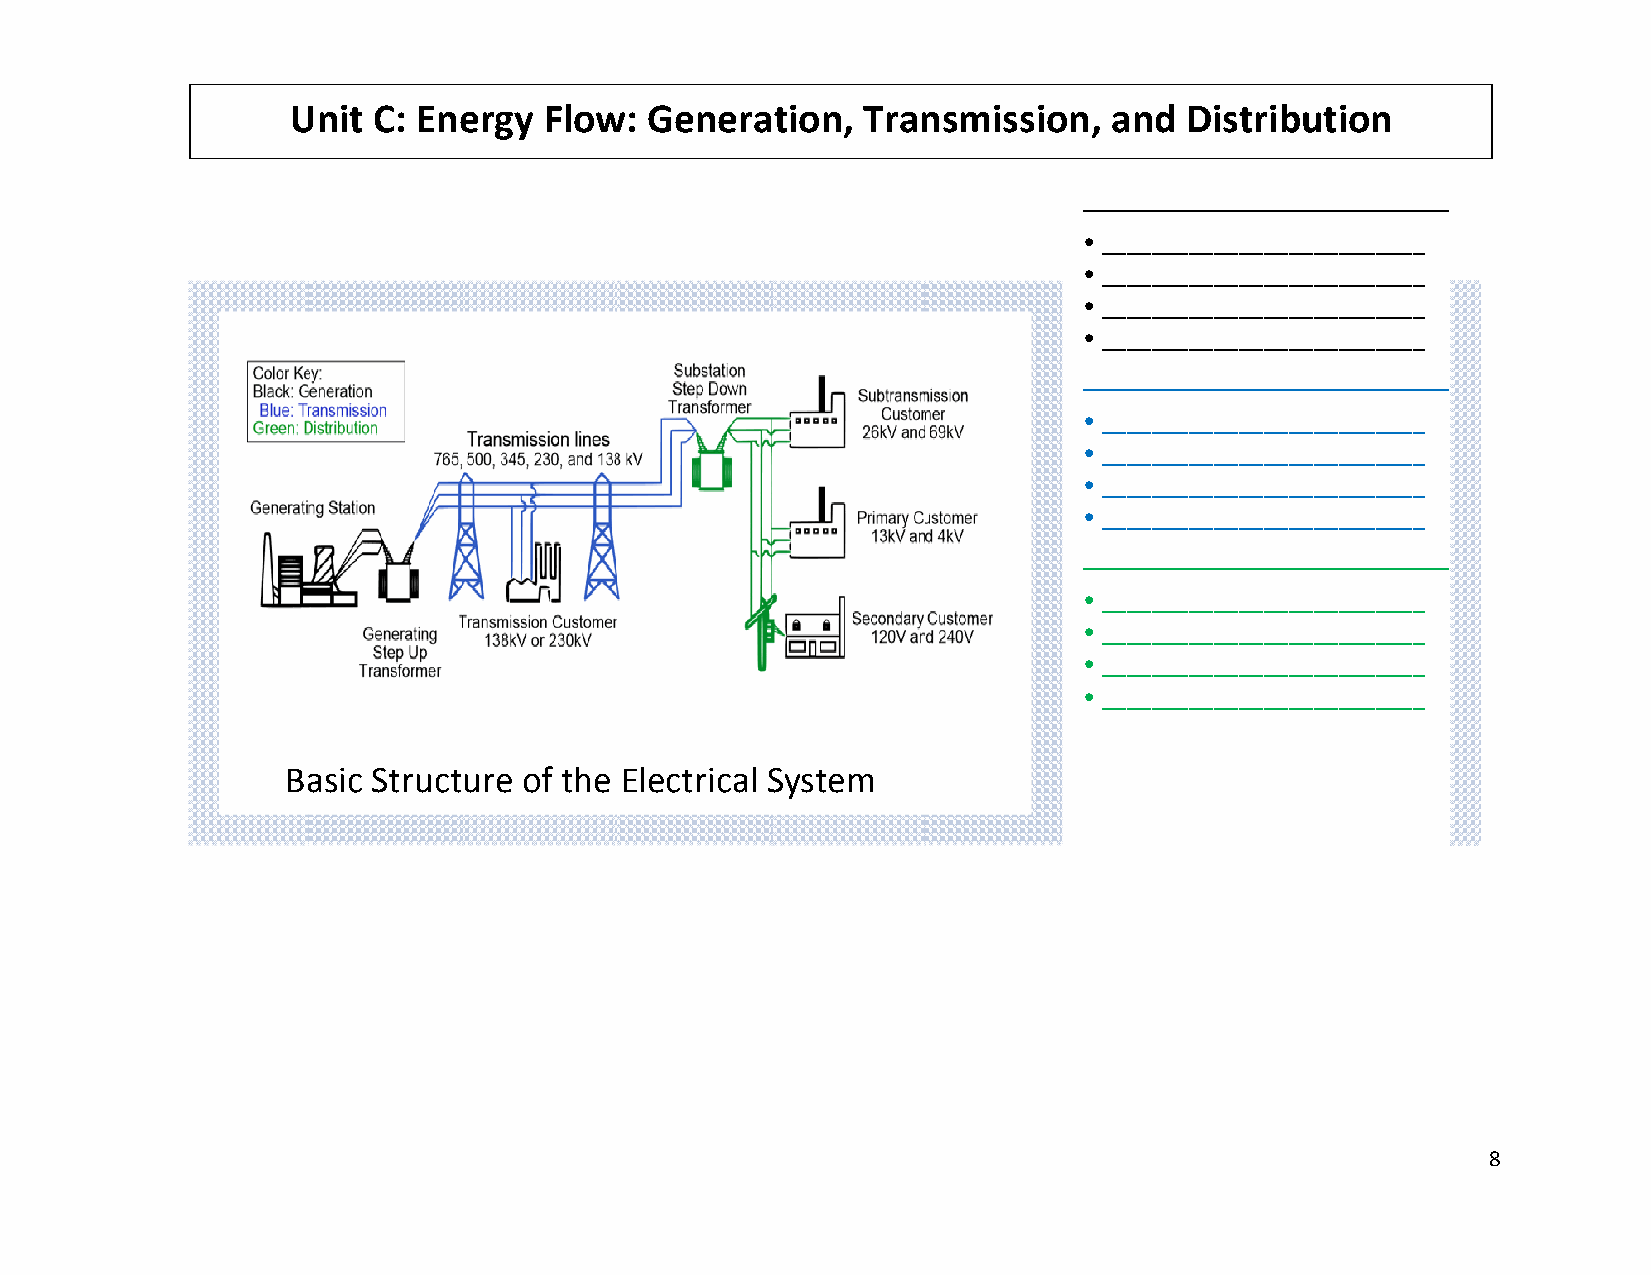
UUnit C: Eneergy Floww: Generaation,  Trannsmissionn,  and Disstributionn
 ________________________
 • ____________________________
 • ____________________________
 • ____________________________
 • ____________________________
 ________________________
 • ____________________________
 • ____________________________
 • ____________________________
 • ____________________________
 ________________________
 • ____________________________
 • ____________________________
 • ____________________________
 • ____________________________
 Baasic Structure of the Electrical SSystem
 8